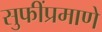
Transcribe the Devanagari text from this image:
सुफींप्रमाणे